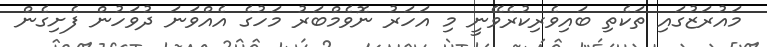
މައުރަޒުގައި ތަކެތި ބައިވެރިކުރެވޭނީ މި އަހަރު ނޮވެމްބަރު މަހުގެ އެއްވަނަ ދުވަހުން ފެށިގެން